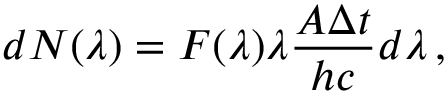
d N ( \lambda ) = F ( \lambda ) \lambda \frac { A \Delta t } { h c } d \lambda \, ,